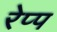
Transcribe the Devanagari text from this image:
रेप्प